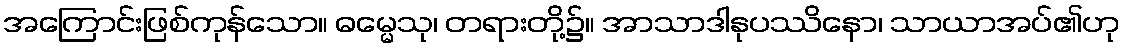
အကြောင်းဖြစ်ကုန်သော။ ဓမ္မေသု၊ တရားတို့၌။ အာသာဒါနုပဿိနော၊ သာယာအပ်၏ဟု